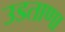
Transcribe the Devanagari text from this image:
उडताणा